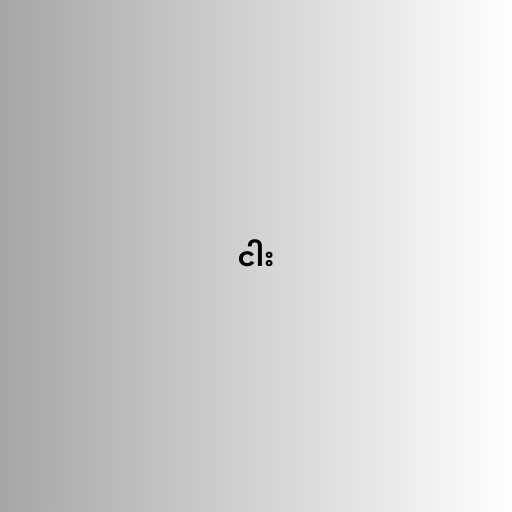
ငါး